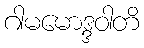
ဂါမမောဒ္ဒဝါတိ